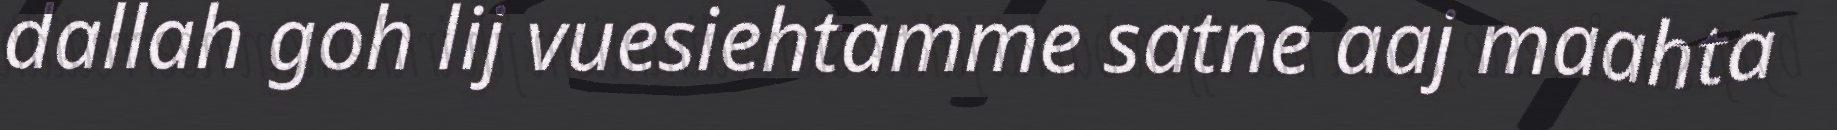
dallah goh lij vuesiehtamme satne aaj maahta